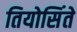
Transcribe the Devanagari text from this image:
तियोसिंते